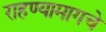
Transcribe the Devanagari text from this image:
राहण्यामागचे